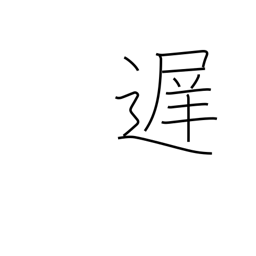
Meaning: late